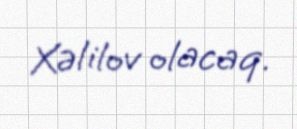
Xəlilov olacaq.